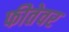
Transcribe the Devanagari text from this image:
फीतेवर